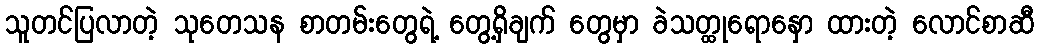
သူတင်ပြလာတဲ့ သုတေသန စာတမ်းတွေရဲ့ တွေ့ရှိချက် တွေမှာ ခဲသတ္ထုရောနှော ထားတဲ့ လောင်စာဆီ